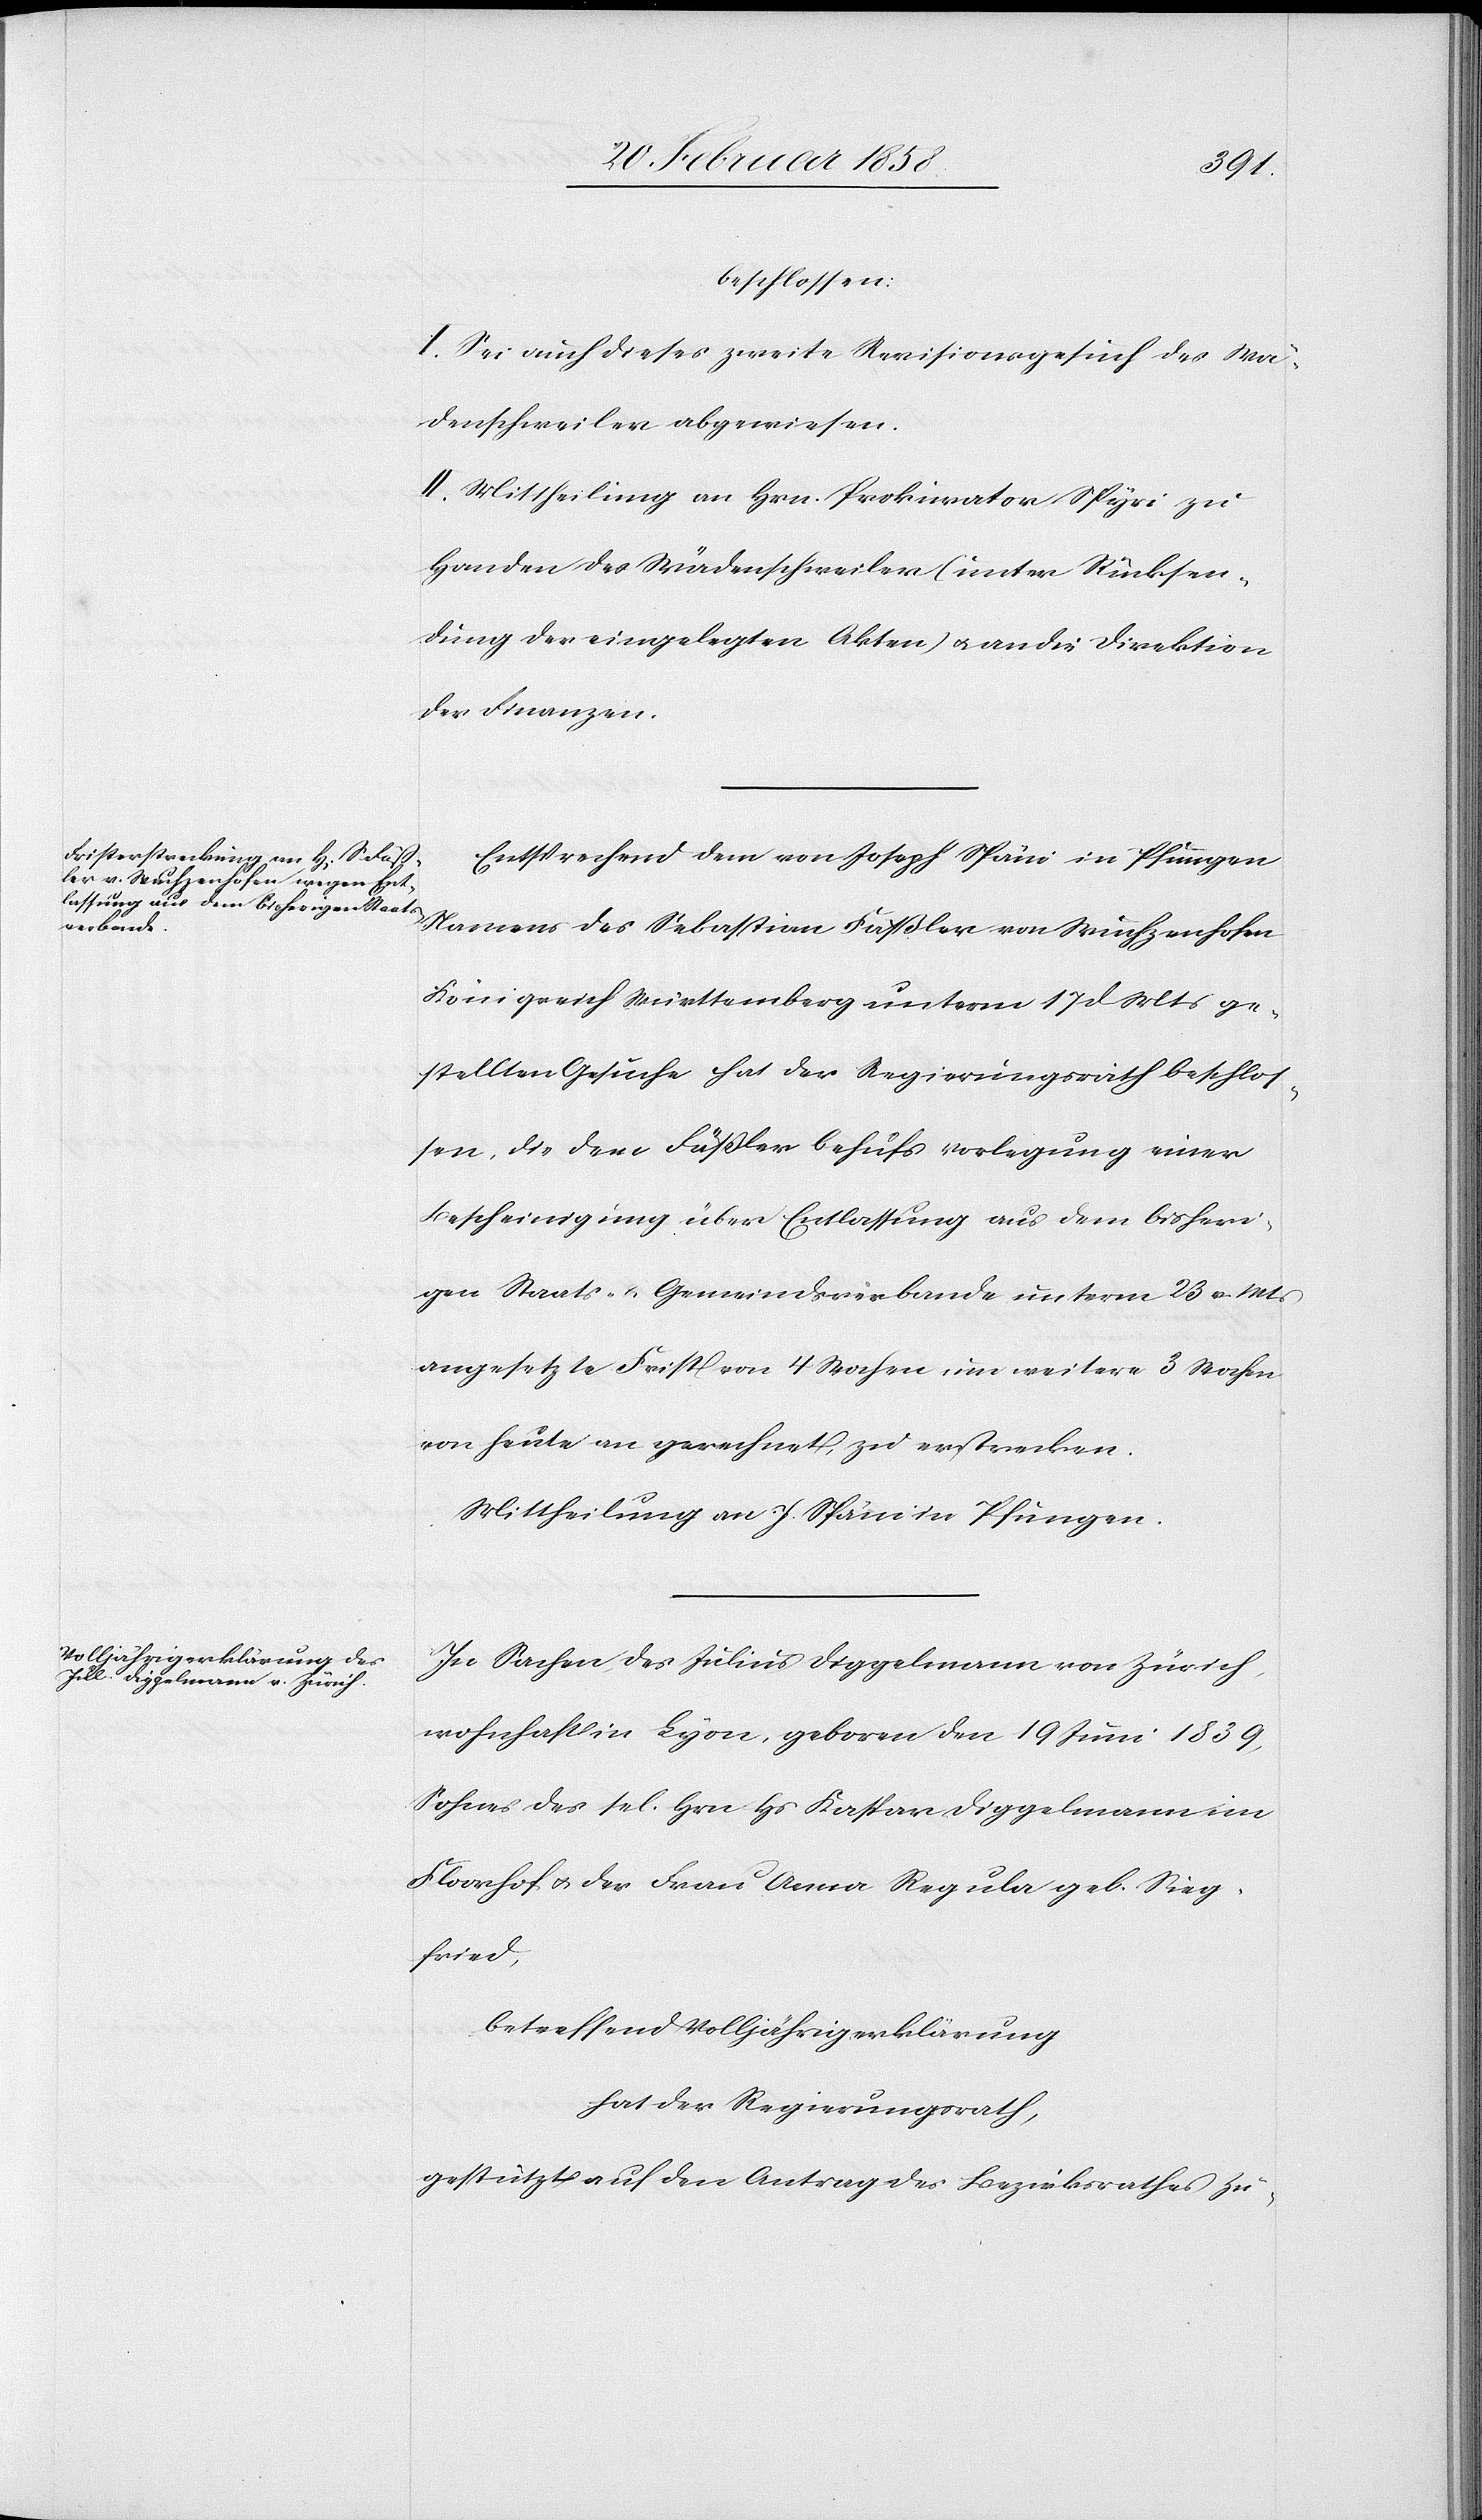
beschlossen:
I. Sei auch dieses zweite Revisionsgesuch des Wä¬
denschweiler abgewiesen.
II. Mittheilung an Hrn. Prokurator Spyri zu
Handen des Wädenschweiler (unter Rücksen¬
dung der eingelegten Akten) u. an die Direktion
der Finanzen.
Entsprechend dem von Joseph Späni in Pfungen
Namens des Sebastian Fäßler von Wuchzenhofen
Königreich Württemberg unterm 17 d Mts ge¬
stellten Gesuche hat der Regierungsrath beschlos¬
sen, die dem Fäßler behufs Vorlegung einer
Bescheinigung über Entlassung aus dem bisheri¬
gen Staats- u. Gemeindsverbande unterm 23 v. Mts
angesetzte Frist von 4 Wochen um weitere 3 Wochen
von heute an gerechnet, zu erstrecken.
Mittheilung an J. Späni in Pfungen.
In Sachen des Julius Diggelmann von Zürich,
wohnhaft in Lyon, geboren den 19 Juni 1839,
Sohnes des sel. Hrn Hs Kaspar Diggelmann im
Floorhof u. der Frau Anna Regula geb. Sieg¬
fried,
betreffend Volljährigerklärung
hat der Regierungsrath,
gestützt auf den Antrag des Bezirksrathes Zü-